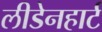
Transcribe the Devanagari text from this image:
लीडेनहार्ट